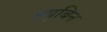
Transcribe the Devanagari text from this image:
ल्यूबिन